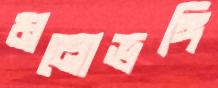
মনোভঙ্গি